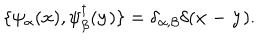
\{ \psi _ { \alpha } ( { \bf x } ) , \psi _ { \beta } ^ { \dagger } ( { \bf y } ) \} = \delta _ { \alpha , \beta } \delta ( { \bf x - y } ) .